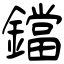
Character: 鐺